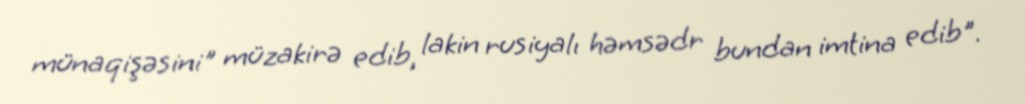
münaqişəsini" müzakirə edib, lakin rusiyalı həmsədr bundan imtina edib".